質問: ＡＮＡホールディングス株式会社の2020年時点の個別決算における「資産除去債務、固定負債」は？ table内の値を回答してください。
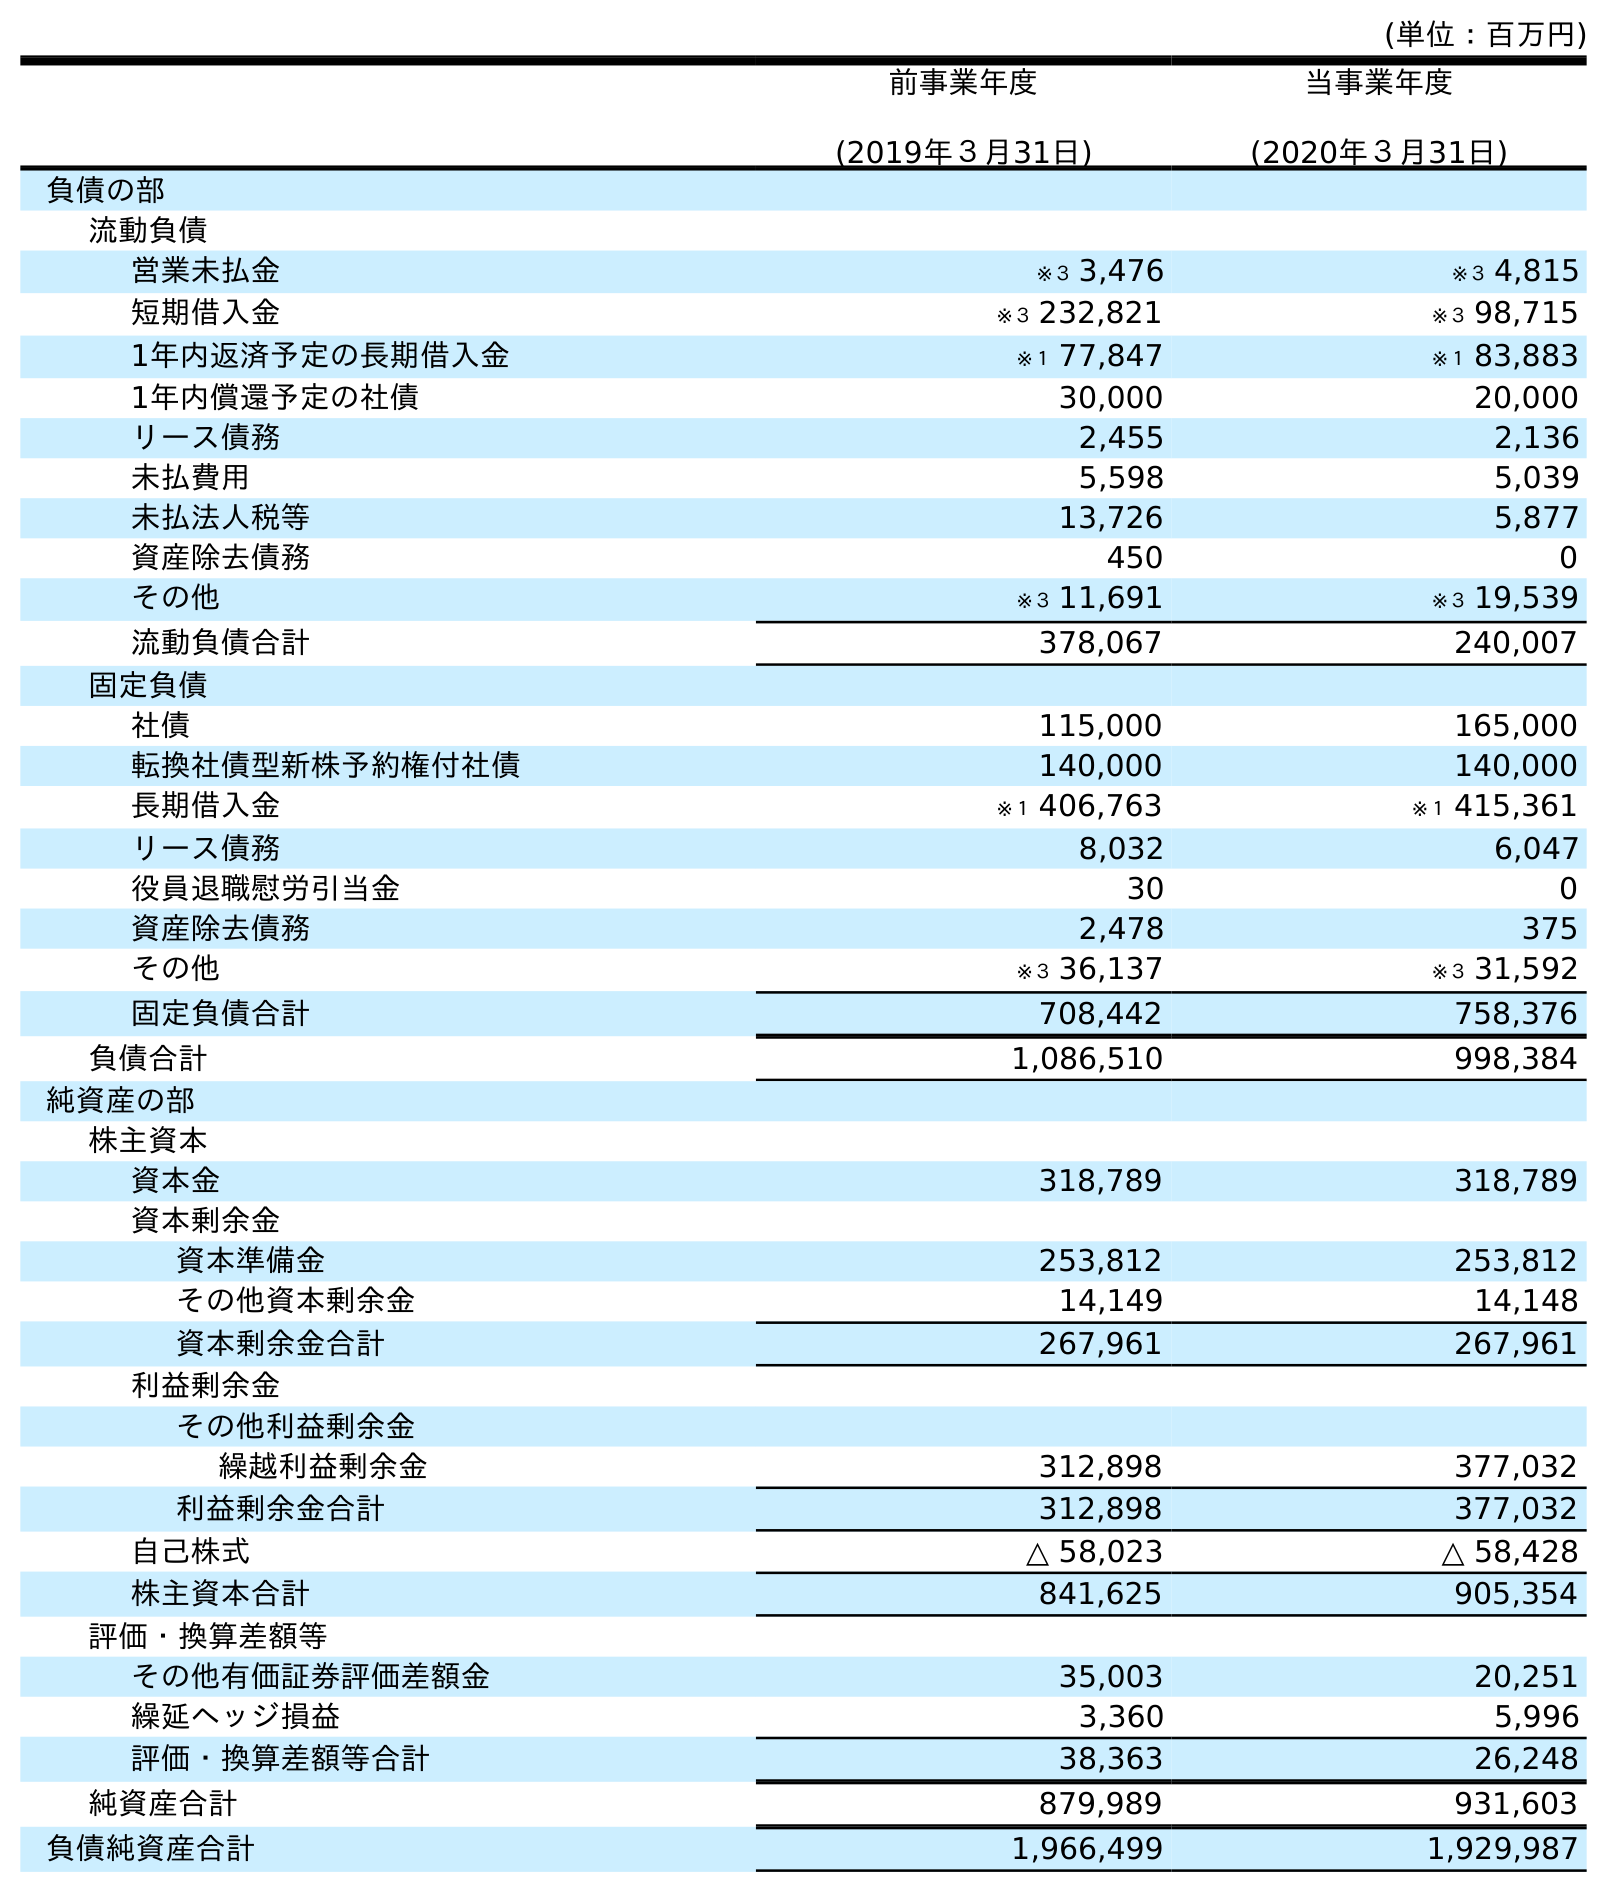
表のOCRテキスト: (単位：百万円) 前事業年度 (2019年３月31日) 当事業年度 (2020年３月31日) 負債の部 流動負債 営業未払金 ※３ 3,476 ※３ 4,815 短期借入金 ※３ 232,821 ※３ 98,715 1年内返済予定の長期借入金 ※１ 77,847 ※１ 83,883 1年内償還予定の社債 30,000 20,000 リース債務 2,455 2,136 未払費用 5,598 5,039 未払法人税等 13,726 5,877 資産除去債務 450 0 その他 ※３ 11,691 ※３ 19,539 流動負債合計 378,067 240,007 固定負債 社債 115,000 165,000 転換社債型新株予約権付社債 140,000 140,000 長期借入金 ※１ 406,763 ※１ 415,361 リース債務 8,032 6,047 役員退職慰労引当金 30 0 資産除去債務 2,478 375 その他 ※３ 36,137 ※３ 31,592 固定負債合計 708,442 758,376 負債合計 1,086,510 998,384 純資産の部 株主資本 資本金 318,789 318,789 資本剰余金 資本準備金 253,812 253,812 その他資本剰余金 14,149 14,148 資本剰余金合計 267,961 267,961 利益剰余金 その他利益剰余金 繰越利益剰余金 312,898 377,032 利益剰余金合計 312,898 377,032 自己株式 △ 58,023 △ 58,428 株主資本合計 841,625 905,354 評価・換算差額等 その他有価証券評価差額金 35,003 20,251 繰延ヘッジ損益 3,360 5,996 評価・換算差額等合計 38,363 26,248 純資産合計 879,989 931,603 負債純資産合計 1,966,499 1,929,987
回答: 375